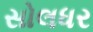
સોલધર